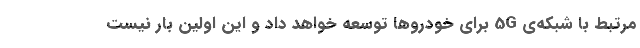
مرتبط با شبکه‌ی 5G برای خودروها توسعه خواهد داد و این اولین بار نیست